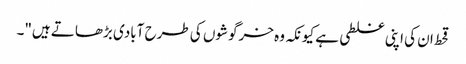
قحط ان کی اپنی غلطی ہے کیونکہ وہ خرگوشوں کی طرح آبادی بڑھاتے ہیں"۔